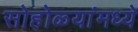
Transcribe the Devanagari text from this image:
सोहोळ्यांमध्ये